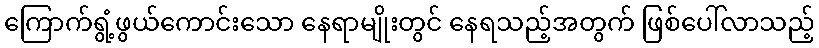
ကြောက်ရွံ့ဖွယ်ကောင်းသော နေရာမျိုးတွင် နေရသည့်အတွက် ဖြစ်ပေါ်လာသည့်